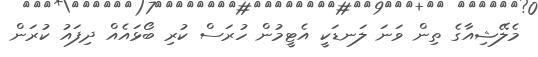
މެލޭޝިއާގެ ތިން ވަނަ ލަނޑަކީ އެޓީމުން ހުރަސް ކުރި ބޯޅައެއް ދިފައު ކުރަން